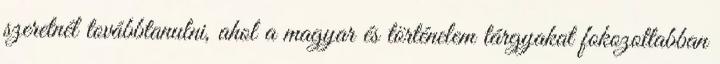
szeretnél továbbtanulni, ahol a magyar és történelem tárgyakat fokozottabban